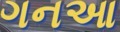
ગનઆ